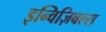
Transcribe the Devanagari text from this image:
इन्विज़िबल्स